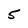
Character: 5